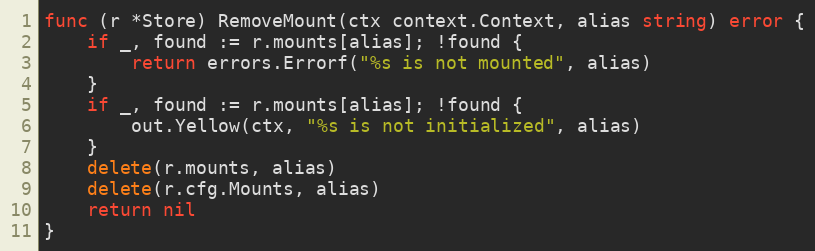
Language: Go
func (r *Store) RemoveMount(ctx context.Context, alias string) error {
	if _, found := r.mounts[alias]; !found {
		return errors.Errorf("%s is not mounted", alias)
	}
	if _, found := r.mounts[alias]; !found {
		out.Yellow(ctx, "%s is not initialized", alias)
	}
	delete(r.mounts, alias)
	delete(r.cfg.Mounts, alias)
	return nil
}